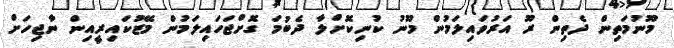
މޫނުމަތިން ދެތިން ރޫ އަރުވައިލަމުން މޫނު ކުނިކޮށްލާ ދެބުމަ ގޮށްޖަހައިލަމުން މޭޒުކައިރީއިން ނާޖިހަށް